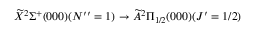
\widetilde { X } ^ { 2 } \Sigma ^ { + } ( 0 0 0 ) ( N ^ { \prime \prime } = 1 ) \rightarrow \widetilde { A } ^ { 2 } \Pi _ { 1 / 2 } ( 0 0 0 ) ( J ^ { \prime } = 1 / 2 )